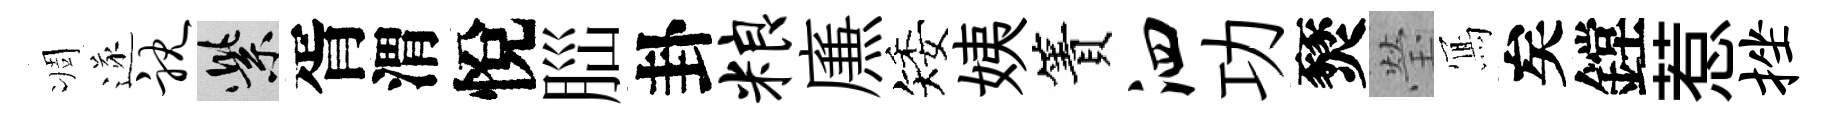
凋遂耽紫胥渭悅𦛁卦粮㢘矮姨簀泗功燹瑩𭂁矣鏜惹挫